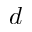
d